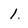
Character: 1